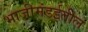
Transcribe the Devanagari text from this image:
भाजीमंडईतील